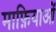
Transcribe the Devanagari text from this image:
माफ़ियाओं